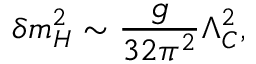
\delta m _ { H } ^ { 2 } \sim \frac { g } { 3 2 \pi ^ { 2 } } \Lambda _ { C } ^ { 2 } ,